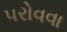
પરોવવા